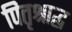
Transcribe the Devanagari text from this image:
पितृश्राद्ध